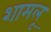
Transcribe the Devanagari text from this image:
शामलू